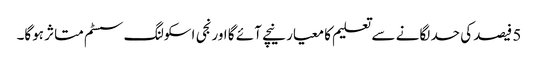
5 فیصد کی حد لگانے سے تعلیم کا معیار نیچے آئے گا اورنجی اسکولنگ سسٹم متاثر ہوگا۔